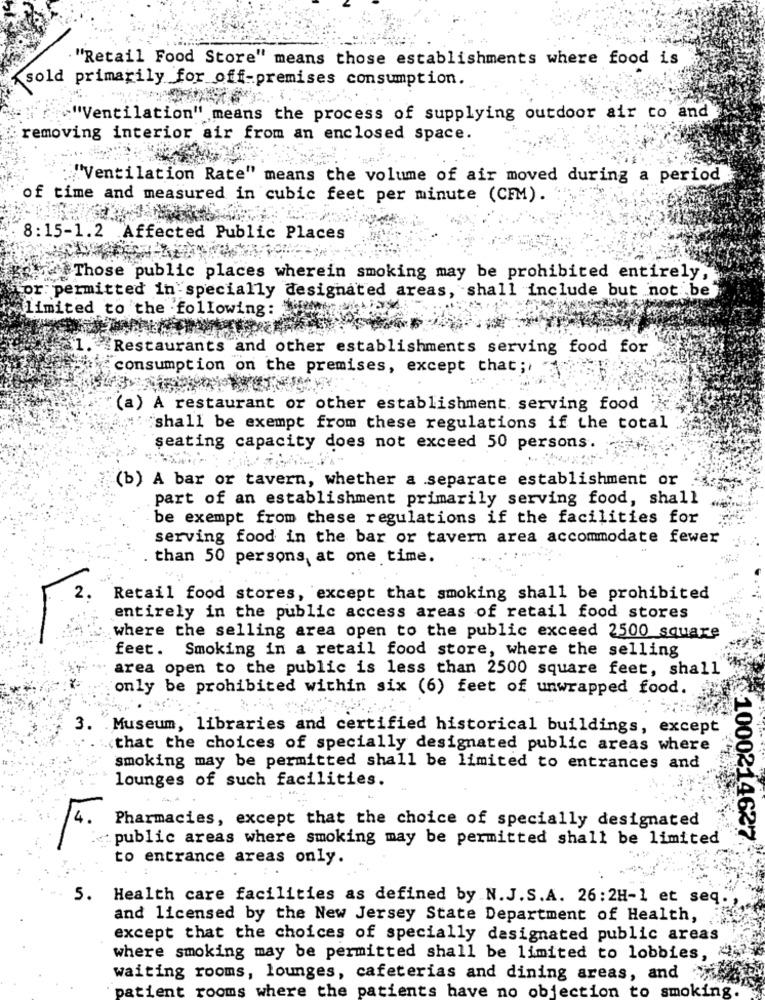
"Retail Food Store" means those establishments where food is
sold primarily for off-premises consumption.
""Ventilation" means the process of supplying outdoor air to and
removing interior air from an enclosed space.
"Ventilation Rate" means the volume of air moved during a period
of time and measured in cubic feet per minute (CFM).
8:15-1.2 Affected Public Places
na Those public places wherein smoking may be prohibited entirely,
or permitted in specially designated areas, shall include but not be"
limited to the following:
Restaurants and other establishments serving food for
consumption on the premises, except that ;,
(a) A restaurant or other establishment. serving food
shall be exempt from these regulations if the total
seating capacity does not exceed 50 persons.
(b) A bar or tavern, whether a separate establishment or
part of an establishment primarily serving food, shall
be exempt from these regulations if the facilities for
serving food in the bar or tavern area accommodate fewer
than 50 persons, at one time.
Retail food stores, except that smoking shall be prohibited
entirely in the public access areas of retail food stores
where the selling area open to the public exceed 2500 square
feet. Smoking in a retail food store, where the selling
area open to the public is less than 2500 square feet, shall
only be prohibited within six (6) feet of unwrapped food.
3.
.Museum, libraries and certified historical buildings, except
that the choices of specially designated public areas where
smoking may be permitted shall be limited to entrances and
lounges of such facilities.
4.
Pharmacies, except that the choice of specially designated
public areas where smoking may be permitted shall be limited
1000214627
to entrance areas only.
5. Health care facilities as defined by N.J.S.A. 26:2H-1 et seq."
and licensed by the New Jersey State Department of Health,
except that the choices of specially designated public areas
where smoking may be permitted shall be limited to lobbies,
waiting rooms, lounges, cafeterias and dining areas, and
patient rooms where the patients have no objection to smoking